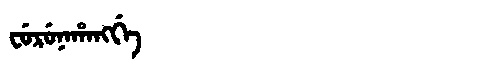
Manchu: ᠸᡠᡵᡠᠨᠠᡥᠠᠩᡤᡝ
Romanization: FURUNAHANGGE